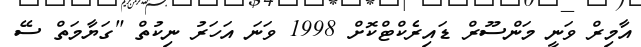
އާމިރް ވަނީ މަންސޫރް ޑައިރެކްޓްކޮށް 1998 ވަނަ އަހަރު ނިކުތް "ގަޔާމަތް ސޭ